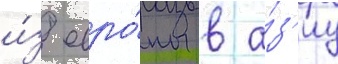
и́з евро́пы в а́з'иу